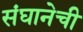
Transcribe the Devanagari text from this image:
संघानेची